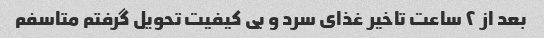
بعد از ۲ ساعت تاخیر غذای سرد و بی کیفیت تحویل گرفتم متاسفم